Source: Handwritten
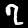
Digit: ၇ (7)